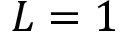
L = 1